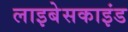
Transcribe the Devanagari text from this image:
लाइबेसकाइंड